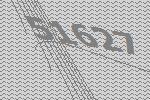
51627